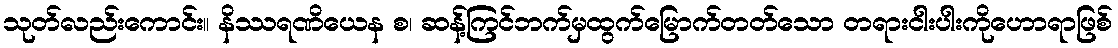
သုတ်လည်းကောင်း။ နိဿရဏိယေန စ၊ ဆန့်ကြင်ဘက်မှထွက်မြောက်တတ်သော တရားငါးပါးကိုဟောရာဖြစ်